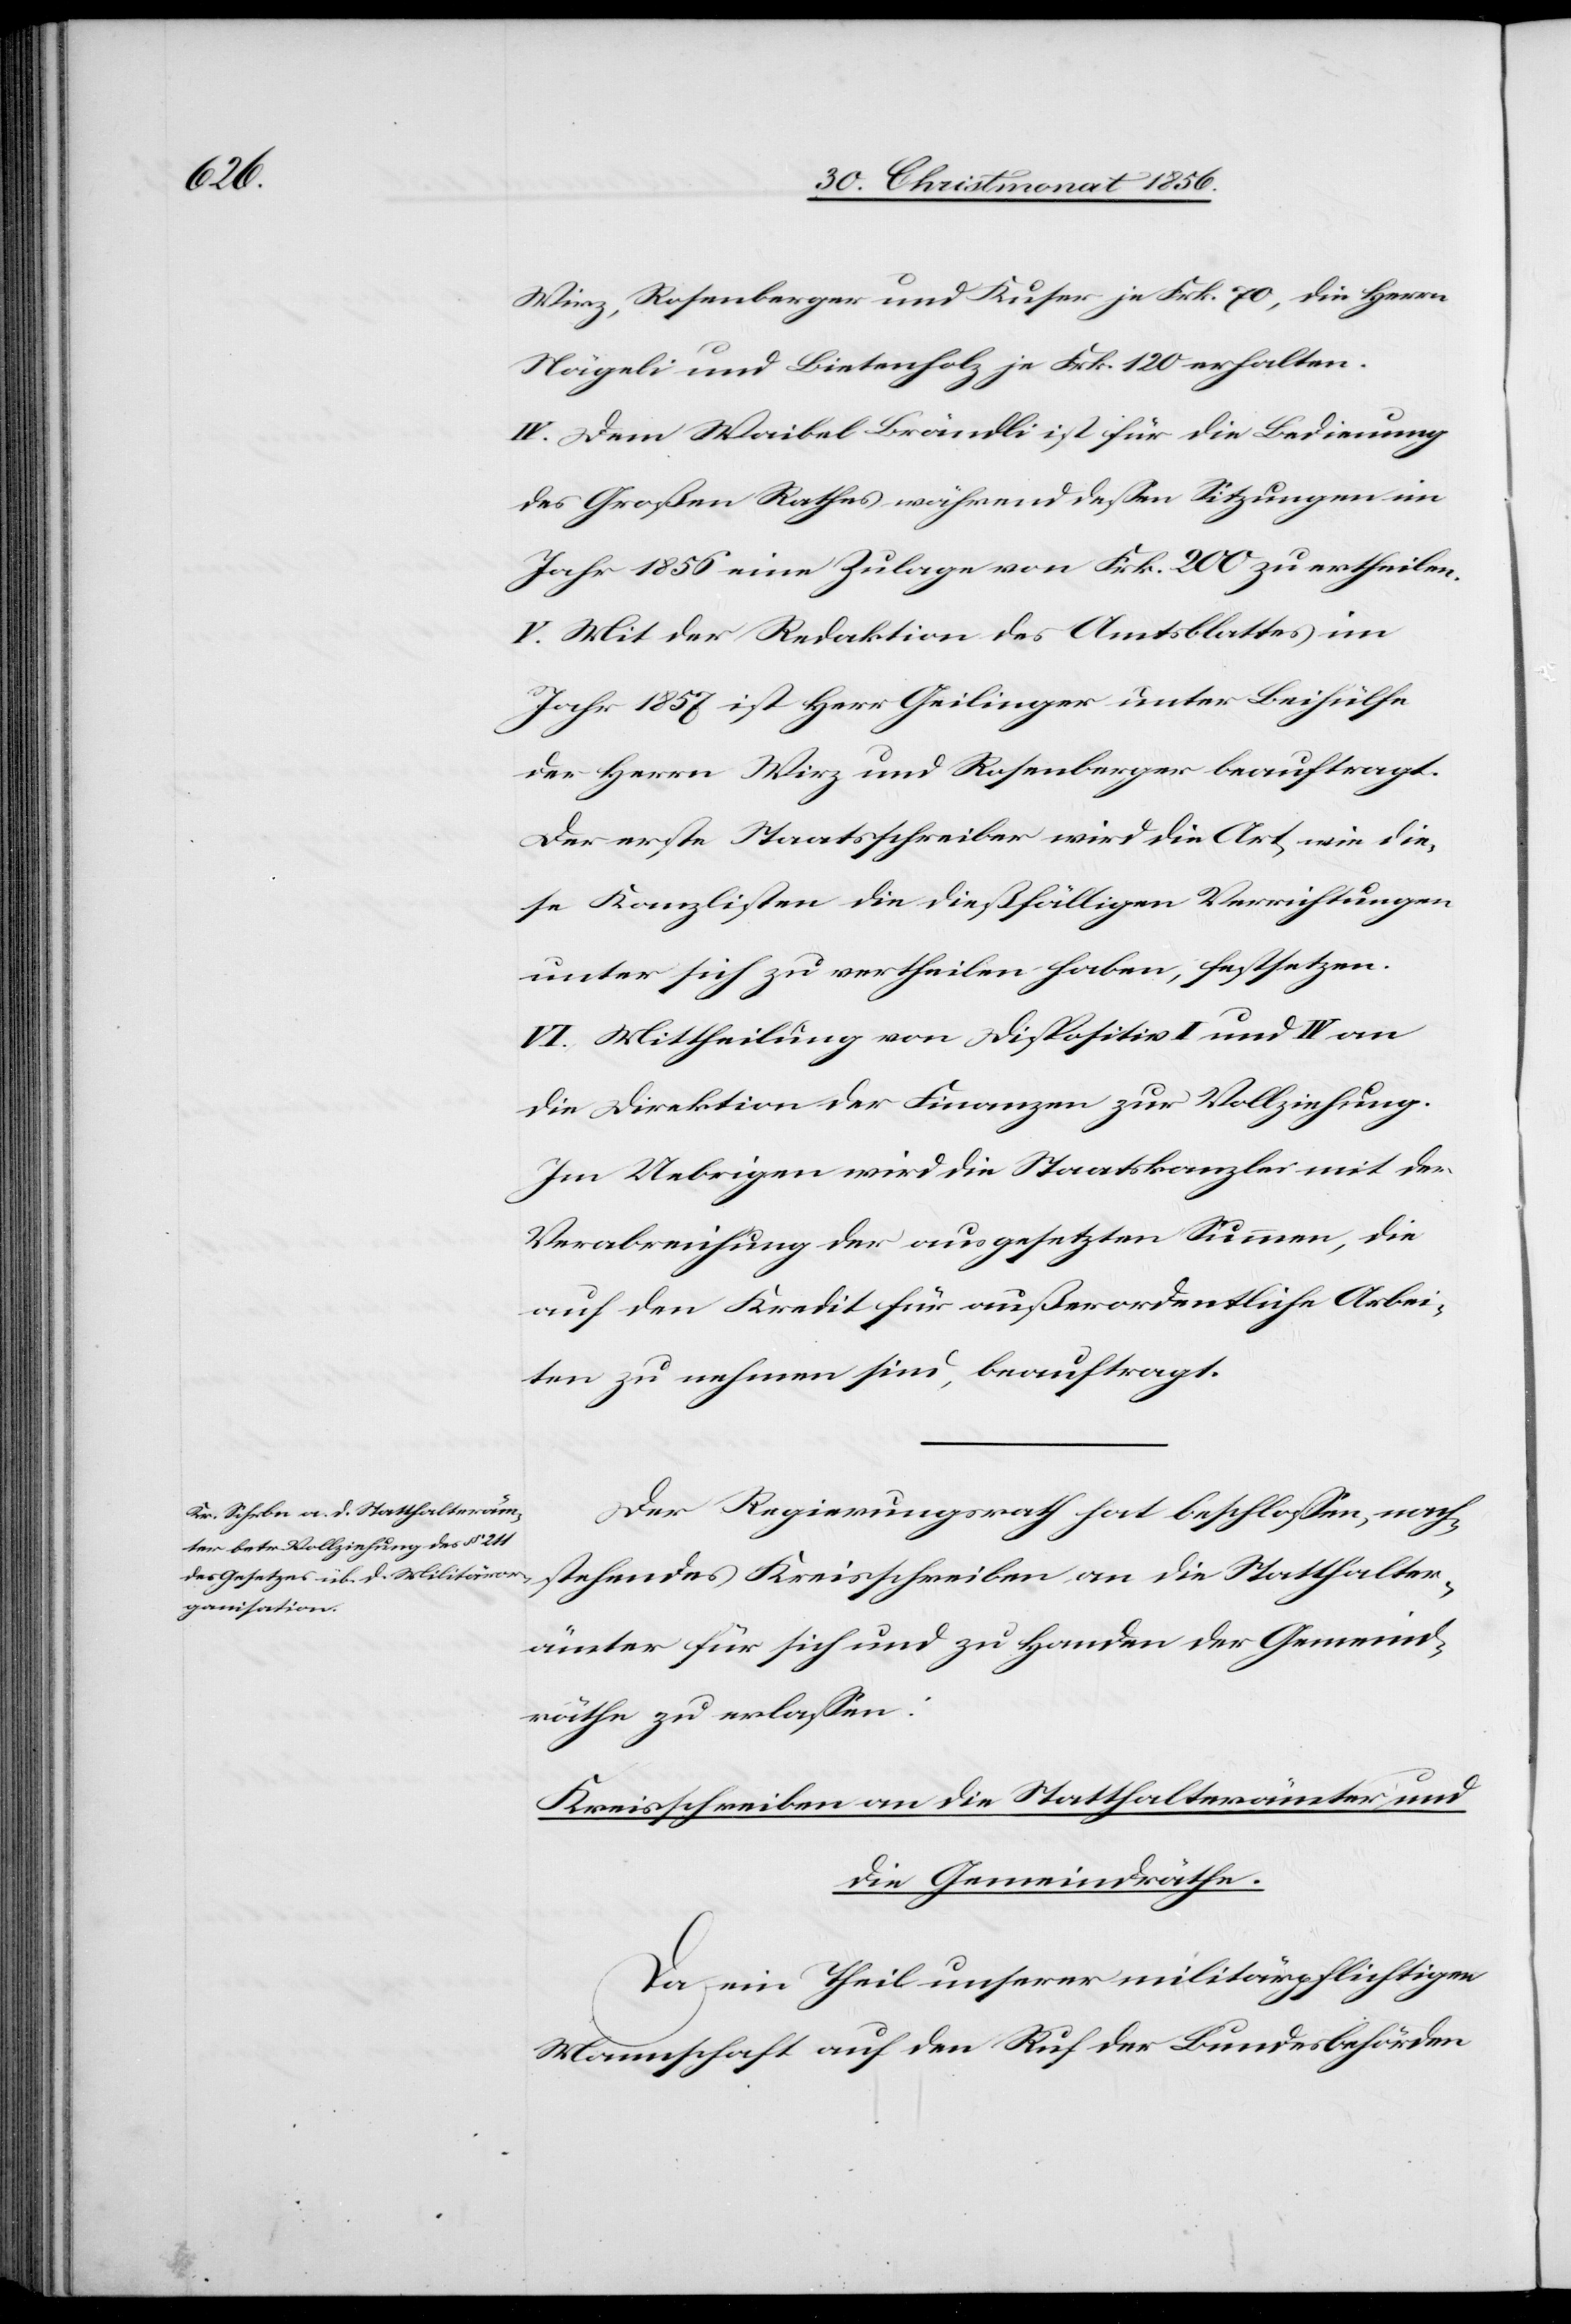
Wirz, Rosenberger und Kuser je Frk. 70, die Herrn
Nägeli und Bietenholz je Frk. 120 erhalten.
IV. Dem Waibel Brändli ist für die Bedienung
des Großen Rathes während dessen Sitzungen im
Jahr 1856 eine Zulage von Frk. 200 ertheilen.
V. Mit der Redaktion des Amtsblattes im
Jahr 1857 ist Herr Geilinger unter Beihülfe
der Herrn Wirz und Rosenberger beauftragt.
Der erste Staatsschreiber wird die Art wie die¬
se Kanzlisten die dießfälligen Verrichtungen
unter sich zu vertheilen haben, festsetzen.
VI. Mittheilung von Dispositiv I und IV an
die Direktion der Finanzen zur Vollziehung.
Im Uebrigen wird die Staatskanzlei mit der
Verabreichung der ausgesetzten Summen, die
auf den Kredit für außerordentliche Arbei¬
ten zu nehmen sind, beauftragt.
Der Regierungsrath hat beschlossen, nach¬
stehendes Kreisschreiben an die Statthalter¬
ämter für sich und zu Handen der Gemeind¬
räthe zu erlassen:
Kreisschreiben an die Statthalterämter und
die Gemeindräthe.
Da ein Theil unserer militärpflichtigen
Mannschaft auf den Ruf der Bundesbehörden